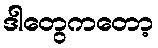
ဒါတွေကတော့